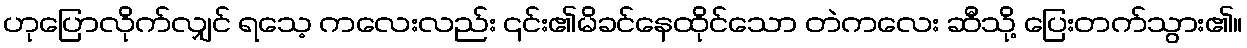
ဟုပြောလိုက်လျှင် ရသေ့ ကလေးလည်း ၎င်း၏မိခင်နေထိုင်သော တဲကလေး ဆီသို့ ပြေးတက်သွား၏။